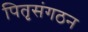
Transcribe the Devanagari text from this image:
पितृसंगठन